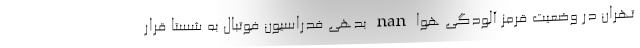
تهران در وضعیت قرمز آلودگی هوا nan بدهی فدراسیون فوتبال به شستا قرار